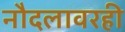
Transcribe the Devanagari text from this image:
नौदलावरही